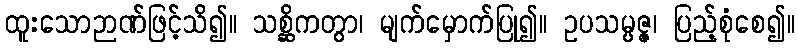
ထူးသောဉာဏ်ဖြင့်သိ၍။ သစ္ဆိကတွာ၊ မျက်မှောက်ပြု၍။ ဥပသမ္ပဇ္ဇ၊ ပြည့်စုံစေ၍။